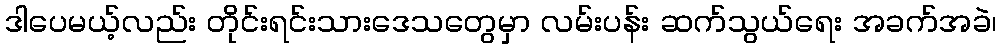
ဒါပေမယ့်လည်း တိုင်းရင်းသားဒေသတွေမှာ လမ်းပန်း ဆက်သွယ်ရေး အခက်အခဲ၊